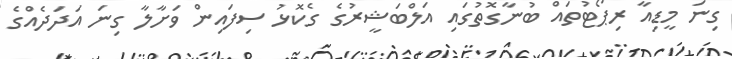
ގިނަ މީޑިއާ ރިޕޯޓުތައް ބުނާގޮތުގައި އަލްބަޝީރުގެ ގެކޮޅު ސިފައިން ވަށާލާ ގިނަ އަދަދެއްގެ